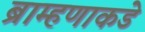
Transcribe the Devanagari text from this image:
ब्राम्हणाकडे